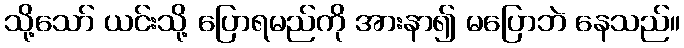
သို့သော် ယင်းသို့ ပြောရမည်ကို အားနာ၍ မပြောဘဲ နေသည်။